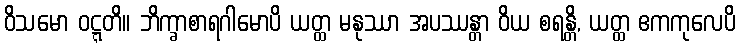
ဝိသမော ဝဋ္ဋတိ။ ဘိက္ခာစာရဂါမောပိ ယတ္ထ မနုဿာ အပဿန္တာ ဝိယ စရန္တိ, ယတ္ထ ဧကကုလေပိ